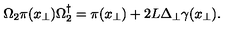
\Omega _ { 2 } \pi ( x _ { \perp } ) \Omega _ { 2 } ^ { \dagger } = \pi ( x _ { \perp } ) + { 2 L } \Delta _ { \perp } \gamma ( x _ { \perp } ) .